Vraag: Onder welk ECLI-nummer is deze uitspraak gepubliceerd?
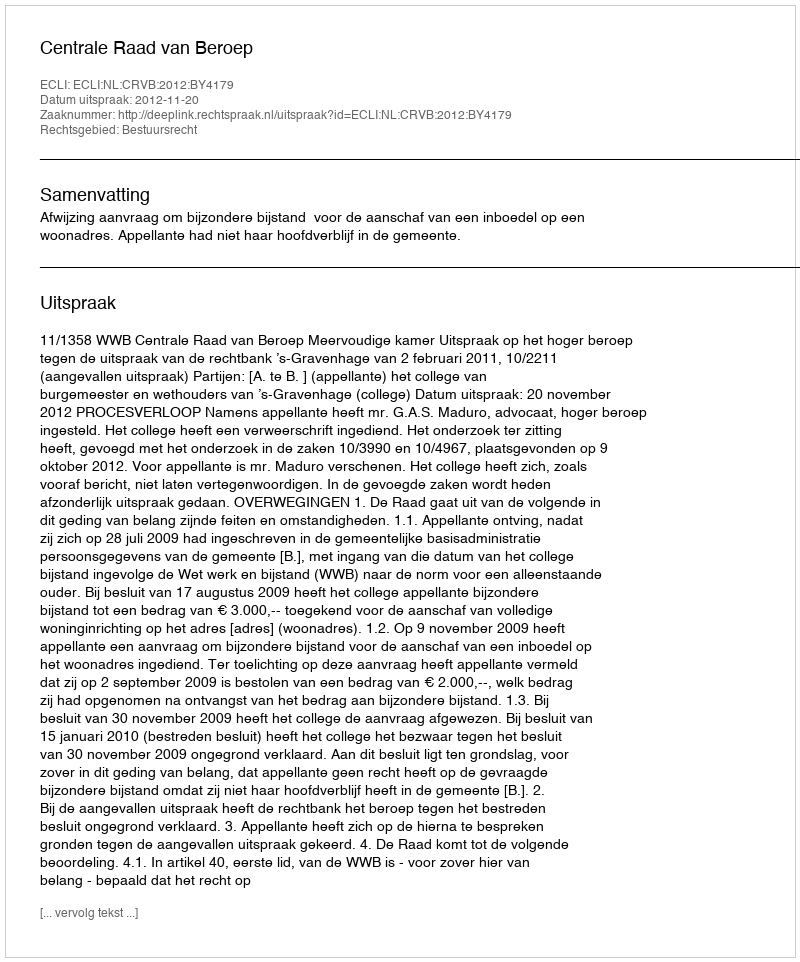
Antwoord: ECLI:NL:CRVB:2012:BY4179